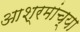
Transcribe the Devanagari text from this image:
आश्रमांच्या